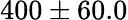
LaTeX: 400\pm 60.0